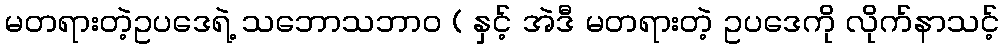
မတရားတဲ့ဥပဒေရဲ့ သဘောသဘာ၀ ( နှင့် အဲဒီ မတရားတဲ့ ဥပဒေကို လိုက်နာသင့်